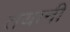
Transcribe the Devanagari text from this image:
तयानी